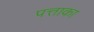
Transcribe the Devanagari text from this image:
पत्ताका